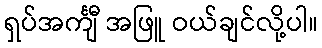
ရှပ်အင်္ကျီ အဖြူ ဝယ်ချင်လို့ပါ။